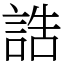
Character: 誥